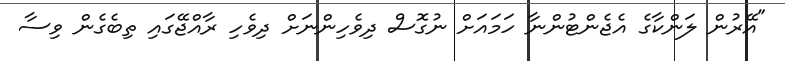
"އޭރުން ލަންކާގެ އެޖެންޓުންނާ ހަމައަށް ނުގޮސް ދިވެހިންނަށް ދިވެހި ރާއްޖޭގައި ތިބެގެން ވިސާ